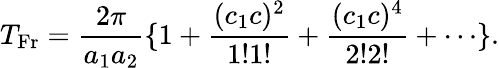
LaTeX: T_{\mathrm{Fr}}=\frac{2\pi}{a_{1}a_{2}}\{ 1+\frac{(c_{1}c)^{2}}{1!1!}+\frac{(c_{1}c)^{4}}{2!2!}+\cdots\} .